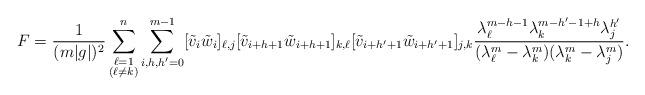
LaTeX: \begin{align*}F=\frac{1}{(m|g|)^2}\sum_{\substack{\ell=1\\(\ell\neq k)}}^n\sum_{i,h,h'=0}^{m-1}[\tilde{v}_i\tilde{w}_i]_{\ell,j}[\tilde{v}_{i+h+1}\tilde{w}_{i+h+1}]_{k,\ell}[\tilde{v}_{i+h'+1}\tilde{w}_{i+h'+1}]_{j,k}\frac{\lambda_\ell^{m-h-1}\lambda_k^{m-h'-1+h}\lambda_j^{h'}}{(\lambda_\ell^m-\lambda_k^m)(\lambda_k^m-\lambda_j^m)}.\end{align*}